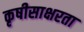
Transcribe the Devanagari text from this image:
कृषीसाक्षरता